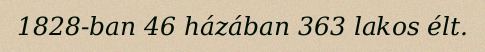
1828-ban 46 házában 363 lakos élt.